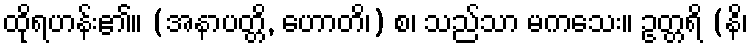
ထိုရဟန်း၏။ (အနာပတ္တိ, ဟောတိ၊) စ၊ သည်သာ မကသေး။ ဥတ္တရိ (နိ၊